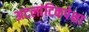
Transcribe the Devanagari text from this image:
अटलांटिकपेक्षा